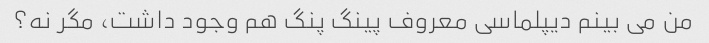
من می بینم دیپلماسی معروف پینگ پنگ هم وجود داشت، مگر نه؟